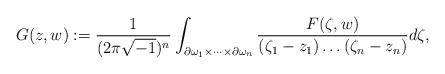
LaTeX: \begin{align*}G(z,w) := \frac{1}{(2\pi\sqrt{-1})^n}\int_{\partial \omega_1 \times \dots \times \partial \omega_n}\frac{F(\zeta,w)}{(\zeta_1 - z_1)\dots(\zeta_n - z_n)} d\zeta,\end{align*}